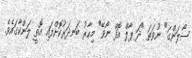
ސޯލަންގަ" ނުވަތަ "ދަ ޕާލް އޮފް ނޯވޭ" މިހާރު ބަނދަރުކޮށްފައި އޮތީ ލަންކާގައެވެ.